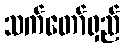
သက်တော်ရှည်